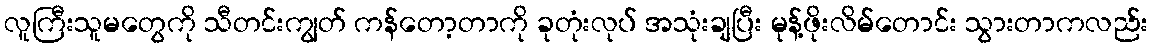
လူကြီးသူမတွေကို သီတင်းကျွတ် ကန်တော့တာကို ခုတုံးလုပ် အသုံးချပြီး မုန့်ဖိုးလိမ်တောင်း သွားတာကလည်း